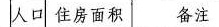
人口 住房面积 备注